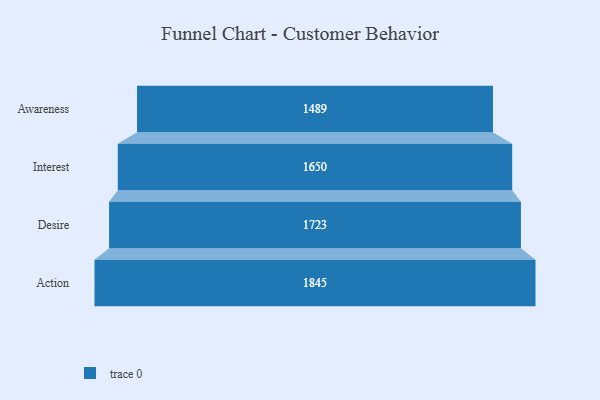
{"axis": {"x": "Stage", "y": "Value"}, "legend": [""], "data": [{"x": "Awareness", "y": 1489.0, "type": ""}, {"x": "Interest", "y": 1650.0, "type": ""}, {"x": "Desire", "y": 1723.0, "type": ""}, {"x": "Action", "y": 1845.0, "type": ""}]}